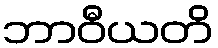
ဘာဝီယတိ